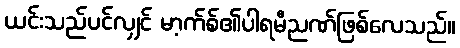
ယင်းသည်ပင်လျှင် မာ့က်စ်၏ပါရမီညဏ်ဖြစ်လေသည်။